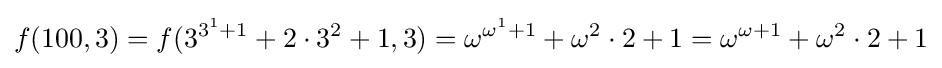
f(100,3)=f(3^{3^{1}+1}+2\cdot 3^{2}+1,3)=\omega ^{\omega ^{1}+1}+\omega ^{2}\cdot 2+1=\omega ^{\omega +1}+\omega ^{2}\cdot 2+1